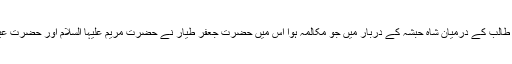
اس موقع پر قریش کے نمائندے عمرو بن العاص اور مسلمانوں کے قائد حضرت جعفر بن ابی طالبؓ کے درمیان شاہِ حبشہ کے دربار میں جو مکالمہ ہوا اس میں حضرت جعفر طیارؓ نے حضرت مریم علیہا السلام اور حضرت عیسیٰ علیہ السلام کے بارے میں مسلمانوں کے عقیدے کی قرآن کریم کے ذریعے وضاحت کی۔